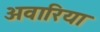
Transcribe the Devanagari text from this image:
अवारिया